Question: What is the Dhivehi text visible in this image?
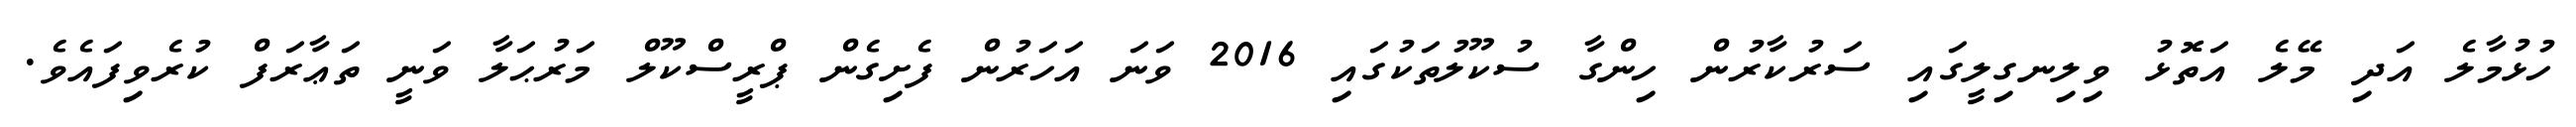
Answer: ހުޅުމާލެ އަދި މޭލެ އަތޮޅު ވިލިނގިލީގައި ސަރުކާރުން ހިންގާ ސުކޫލުތަކުގައި 2016 ވަނަ އަހަރުން ފެށިގެން ޕްރީސްކޫލް މަރުޙަލާ ވަނީ ތަޢާރަފް ކުރެވިފައެވެ.